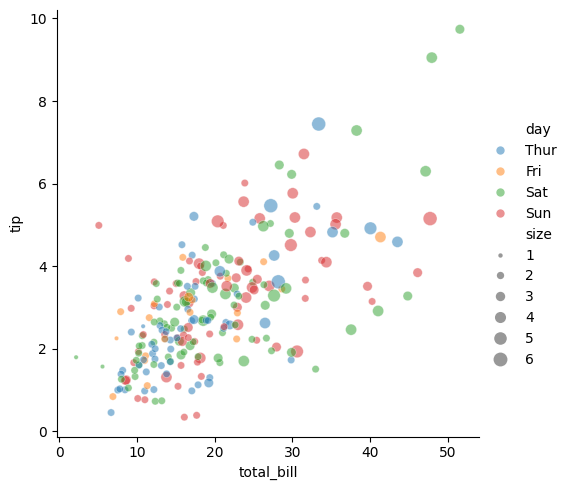
python, seaborn, relplot, alpha=0.5